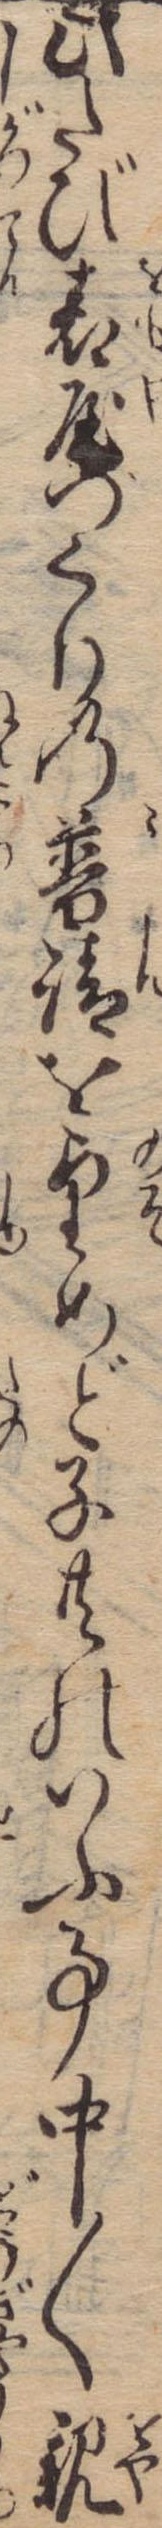
此たび表屋づくりの普請を望めど子共のいふ事中〱親